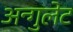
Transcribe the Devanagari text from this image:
अन्गुलेट